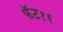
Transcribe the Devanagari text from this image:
फॅट१६